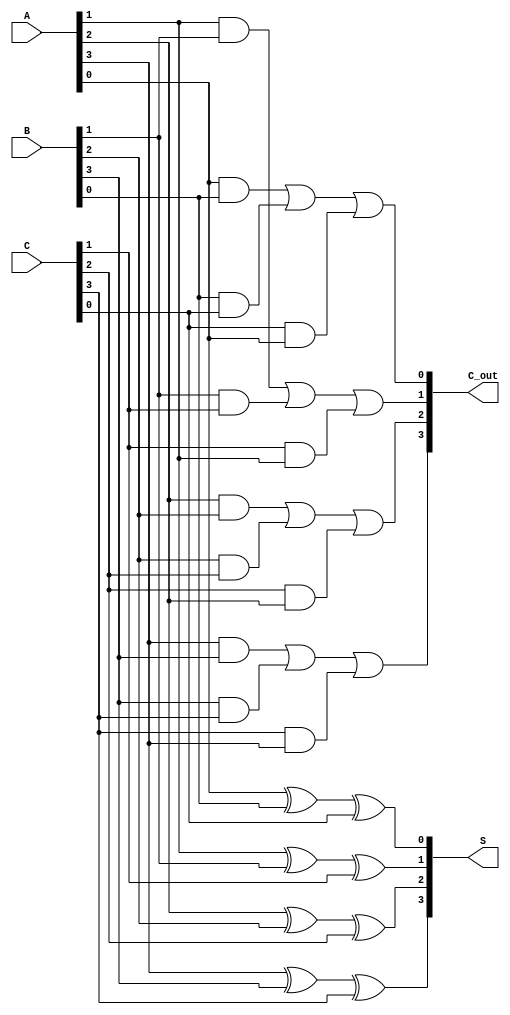
module CarrySaveAdder (
    input [3:0] A, // 4-bit input A
    input [3:0] B, // 4-bit input B
    input [3:0] C, // 4-bit input C
    output [3:0] S, // 4-bit partial sum output
    output [3:0] C_out // 4-bit carry output
);
    // Intermediate signals for carries and sums
    wire [3:0] S_partial;
    wire [3:0] C_partial;

    // Generate partial sums and carries for each bit position
    genvar i;
    generate
        for (i = 0; i < 4; i = i + 1) begin: CSA_Generate
            // XOR for partial sum
            assign S_partial[i] = A[i] ^ B[i] ^ C[i]; // S_i = A_i XOR B_i XOR C_i

            // Carry generation
            assign C_partial[i] = (A[i] & B[i]) | (B[i] & C[i]) | (C[i] & A[i]); // Carry calculation
        end
    endgenerate

    // Final sum and carry output
    assign S = S_partial; // Output the partial sum
    assign C_out = C_partial; // Output the carries

endmodule